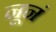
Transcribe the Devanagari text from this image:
नूनं